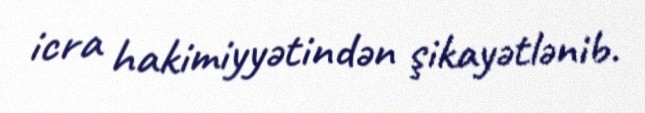
icra hakimiyyətindən şikayətlənib.